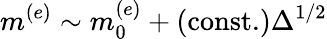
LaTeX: m^{(e)}\sim m_{0}^{(e)}+(\mathrm{const.})\Delta^{1/2}